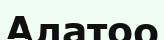
Алатоо